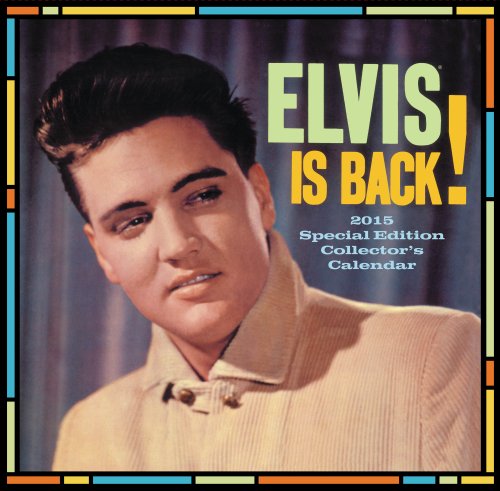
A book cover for Elvis Special Edition Wall Calendar (2015); Day Dream; Calendars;